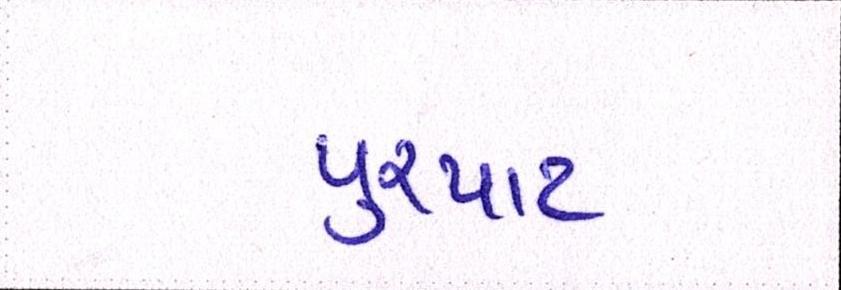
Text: પુરપાટ